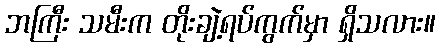
ဘကြီး သမီးက တိုးချဲ့ရပ်ကွက်မှာ ရှိသလား။